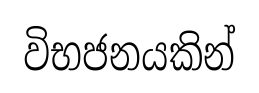
විභජනයකින්